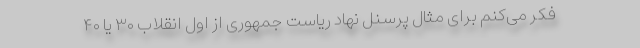
فکر می‌کنم برای مثال پرسنل نهاد ریاست جمهوری از اول انقلاب ۳۰ یا ۴۰